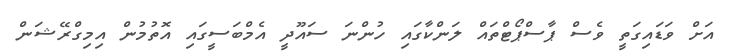
އަށް ވަޑައިގަތީ ވެސް ޕާސްޕޯޓްތައް ލަންކާގައި ހުންނަ ސައޫދީ އެމްބަސީގައި އޮތުމުން އިމިގްރޭޝަން